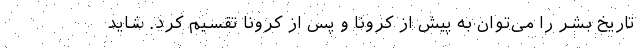
تاریخ بشر را می‌توان به پیش از کرونا و پس از کرونا تقسیم کرد. شاید